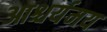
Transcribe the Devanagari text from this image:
आश्चर्यमय